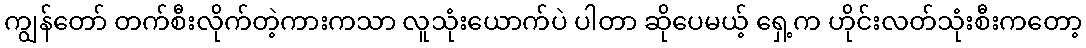
ကျွန်တော် တက်စီးလိုက်တဲ့ကားကသာ လူသုံးယောက်ပဲ ပါတာ ဆိုပေမယ့် ရှေ့က ဟိုင်းလတ်သုံးစီးကတော့